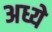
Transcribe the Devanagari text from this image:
अध्ये